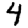
Digit: 4